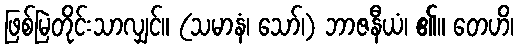
ဖြစ်မြဲတိုင်းသာလျှင်။ (သမာနံ၊ သော်၊) ဘာဇနီယံ၊ ၏။ တေဟိ၊